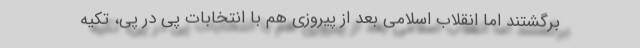
برگشتند اما انقلاب اسلامی بعد از پیروزی هم با انتخابات پی در پی، تکیه